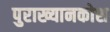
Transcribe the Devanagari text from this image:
पुराख्यानकोश